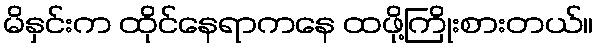
မိနှင်းက ထိုင်နေရာကနေ ထဖို့ကြိုးစားတယ်။